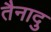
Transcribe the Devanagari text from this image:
तैनादु